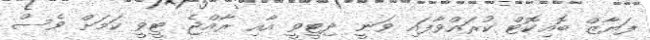
ފަޔާޒް ބޮއިކޮޓް ކުރައްވާފައި ވަނީ ދިޓީވީ އާއި ރާއްޖެ ޓީވީ ކަމަށް ވެސް